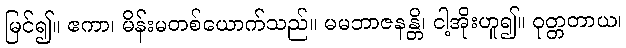
မြင်၍။ ဧကာ၊ မိန်းမတစ်ယောက်သည်။ မမဘာဇနန္တိ၊ ငါ့အိုးဟူ၍။ ဝုတ္တတာယ၊